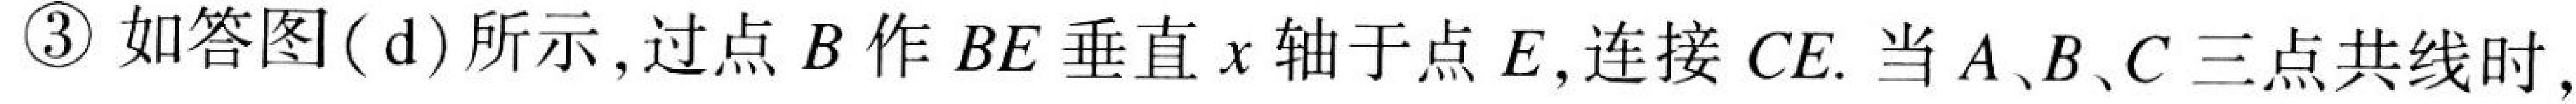
\textcircled{3}如答图(d)所示,过点$B$作$BE$垂直$x$轴于点$E$,连接$CE$. 当$A、B、C$三点共线时,